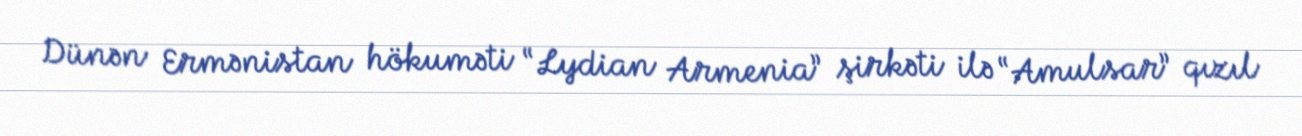
Dünən Ermənistan hökuməti “Lydian Armenia” şirkəti ilə “Amulsar” qızıl